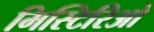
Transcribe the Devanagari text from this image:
मिस्टिरिओ